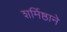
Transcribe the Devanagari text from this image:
शर्मिष्ठाने